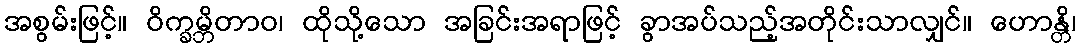
အစွမ်းဖြင့်။ ဝိက္ခမ္ဘိတာဝ၊ ထိုသို့သော အခြင်းအရာဖြင့် ခွာအပ်သည့်အတိုင်းသာလျှင်။ ဟောန္တိ၊